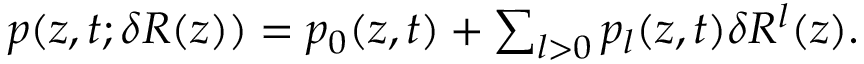
\begin{array} { r } { p ( z , t ; \delta R ( z ) ) = p _ { 0 } ( z , t ) + \sum _ { l > 0 } p _ { l } ( z , t ) \delta R ^ { l } ( z ) . } \end{array}